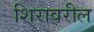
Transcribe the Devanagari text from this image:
शिरावरील